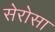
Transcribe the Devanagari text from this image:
सेरोसा